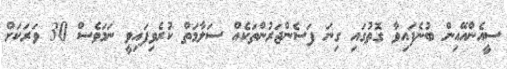
ސީއެންއޭއިން ބުނެފައިވާ ގޮތުގައި ގިނަ ފަސެންޖަރުންތަކެއް ސަލާމަތް ކުރެވިފައިވީ ނަމަވެސް 30 ވަރަކަށް